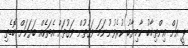
ޕީ އަށް އިންތިޚާބު ކާމިޔާބު ކުރެވުނުނަމަ ވަގުތުން ވަގުތަށް އެތަކެއް ބަޔަކަށް ބޮޑެތި